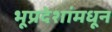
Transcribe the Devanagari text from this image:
भूप्रदेशांमधून